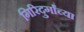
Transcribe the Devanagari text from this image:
गिरिदुर्गांच्या